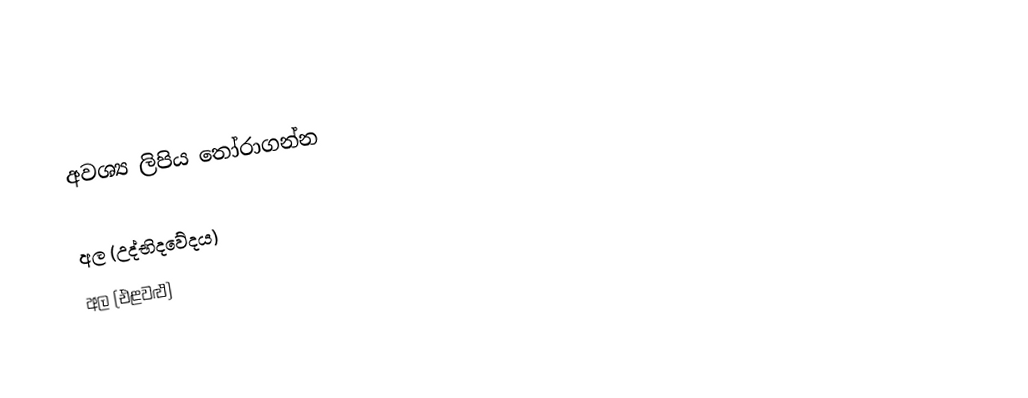
අවශ්‍ය ලිපිය තෝරාගන්න

 අල (උද්භිදවේදය)
 අල (එළවළු)